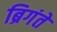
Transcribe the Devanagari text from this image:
ब्रिगंते